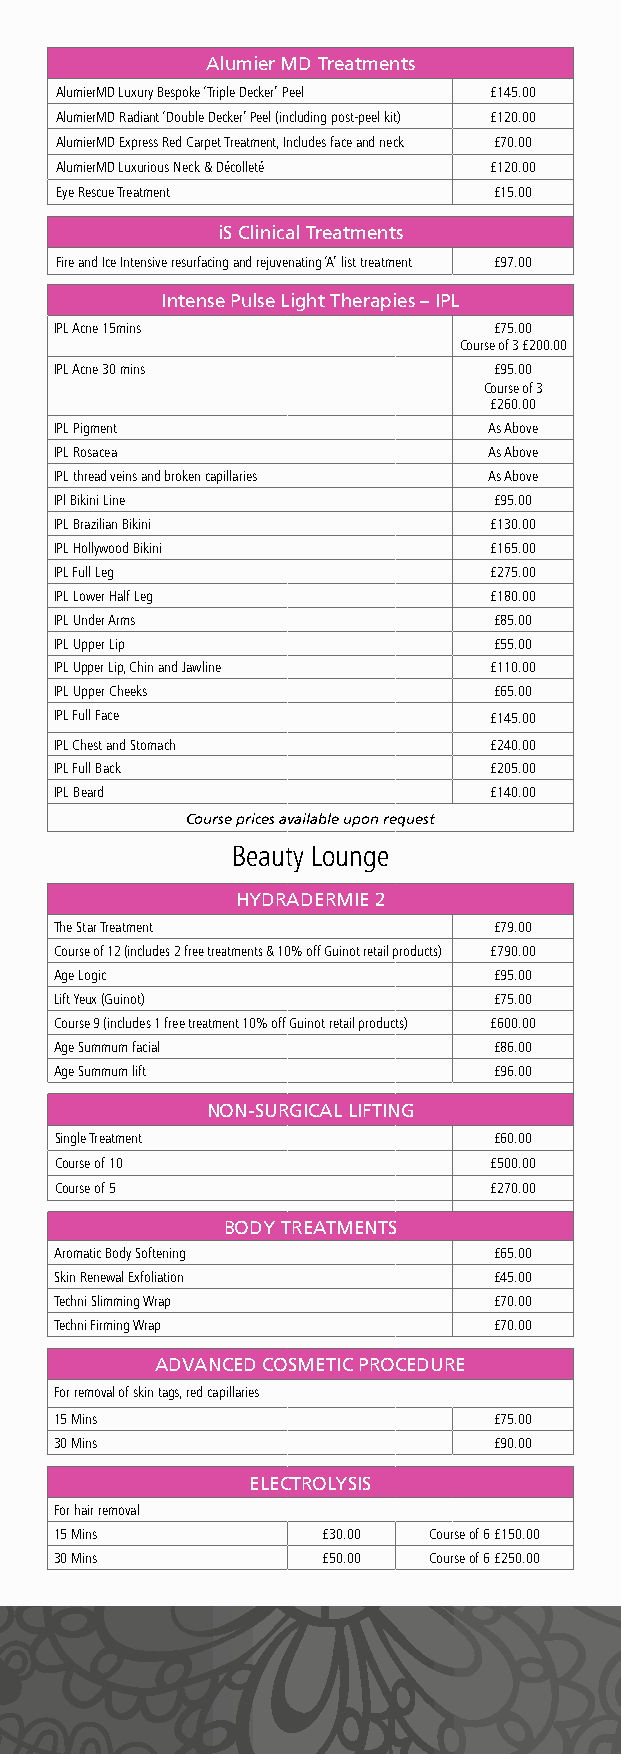
Alumier MD Treatments
 AlumierMD Luxury Bespoke ‘Triple Decker’ Peel £145.00
 AlumierMD Radiant ‘Double Decker’ Peel (including post-peel kit) £120.00
 AlumierMD Express Red Carpet Treatment, Includes face and neck £70.00
 AlumierMD Luxurious Neck & Décolleté £120.00
 Eye Rescue Treatment         £15.00
 iS Clinical Treatments
 Fire and Ice Intensive resurfacing and rejuvenating ‘A’ list treatment £97.00
 Intense Pulse Light Therapies – IPL
 IPL Acne 15mins              £75.00
 Course of 3 £200.00
 IPL Acne 30 mins             £95.00
 Course of 3
 £260.00
 IPL Pigment                 As Above
 IPL Rosacea                 As Above
 IPL thread veins and broken capillaries As Above
 IPl Bikini Line              £95.00
 IPL Brazilian Bikini        £130.00
 IPL Hollywood Bikini        £165.00
 IPL Full Leg                £275.00
 IPL Lower Half Leg          £180.00
 IPL Under Arms               £85.00
 IPL Upper Lip                £55.00
 IPL Upper Lip, Chin and Jawline £110.00
 IPL Upper Cheeks             £65.00
 IPL Full Face               £145.00
 IPL Chest and Stomach       £240.00
 IPL Full Back               £205.00
 IPL Beard                   £140.00
 Course prices available upon request
 Beauty Lounge
 HYDRADERMIE 2
 The Star Treatment           £79.00
 Course of 12 (includes 2 free treatments & 10% off Guinot retail products) £790.00
 Age Logic                    £95.00
 Lift Yeux (Guinot)           £75.00
 Course 9 (includes 1 free treatment 10% off Guinot retail products) £600.00
 Age Summum facial            £86.00
 Age Summum lift              £96.00
 NON-SURGICAL LIFTING
 Single Treatment             £60.00
 Course of 10                £500.00
 Course of 5                 £270.00
 BODY TREATMENTS
 Aromatic Body Softening      £65.00
 Skin Renewal Exfoliation     £45.00
 Techni Slimming Wrap         £70.00
 Techni Firming Wrap          £70.00
 ADVANCED COSMETIC PROCEDURE
 For removal of skin tags, red capillaries
 15 Mins                      £75.00
 30 Mins                      £90.00
 ELECTROLYSIS
 For hair removal
 15 Mins          £30.00 Course of 6 £150.00
 30 Mins          £50.00 Course of 6 £250.00